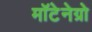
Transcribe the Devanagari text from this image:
मॉटेनेग्रो